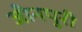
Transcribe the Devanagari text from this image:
जीनपुरी